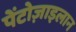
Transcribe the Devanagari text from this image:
पेंटोज़ाइलान